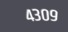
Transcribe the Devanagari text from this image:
४३०९